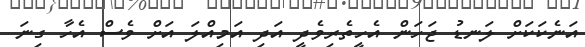
އަނެކަކަށް ލަނޑު ޖަހަން އެހީތެރިވެދީ އަދި އަމިއްލަ އަށް ވެސް އެހާ ގިނަ